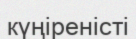
күңіреністі